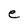
Character: e